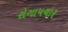
રોગાપચાર